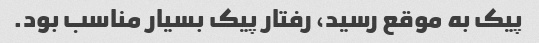
پیک به موقع رسید، رفتار پیک بسیار مناسب بود.